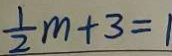
\frac { 1 } { 2 } m + 3 = 1